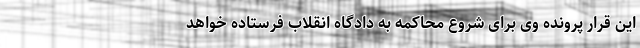
این قرار پرونده وی برای شروع محاکمه به دادگاه انقلاب فرستاده خواهد